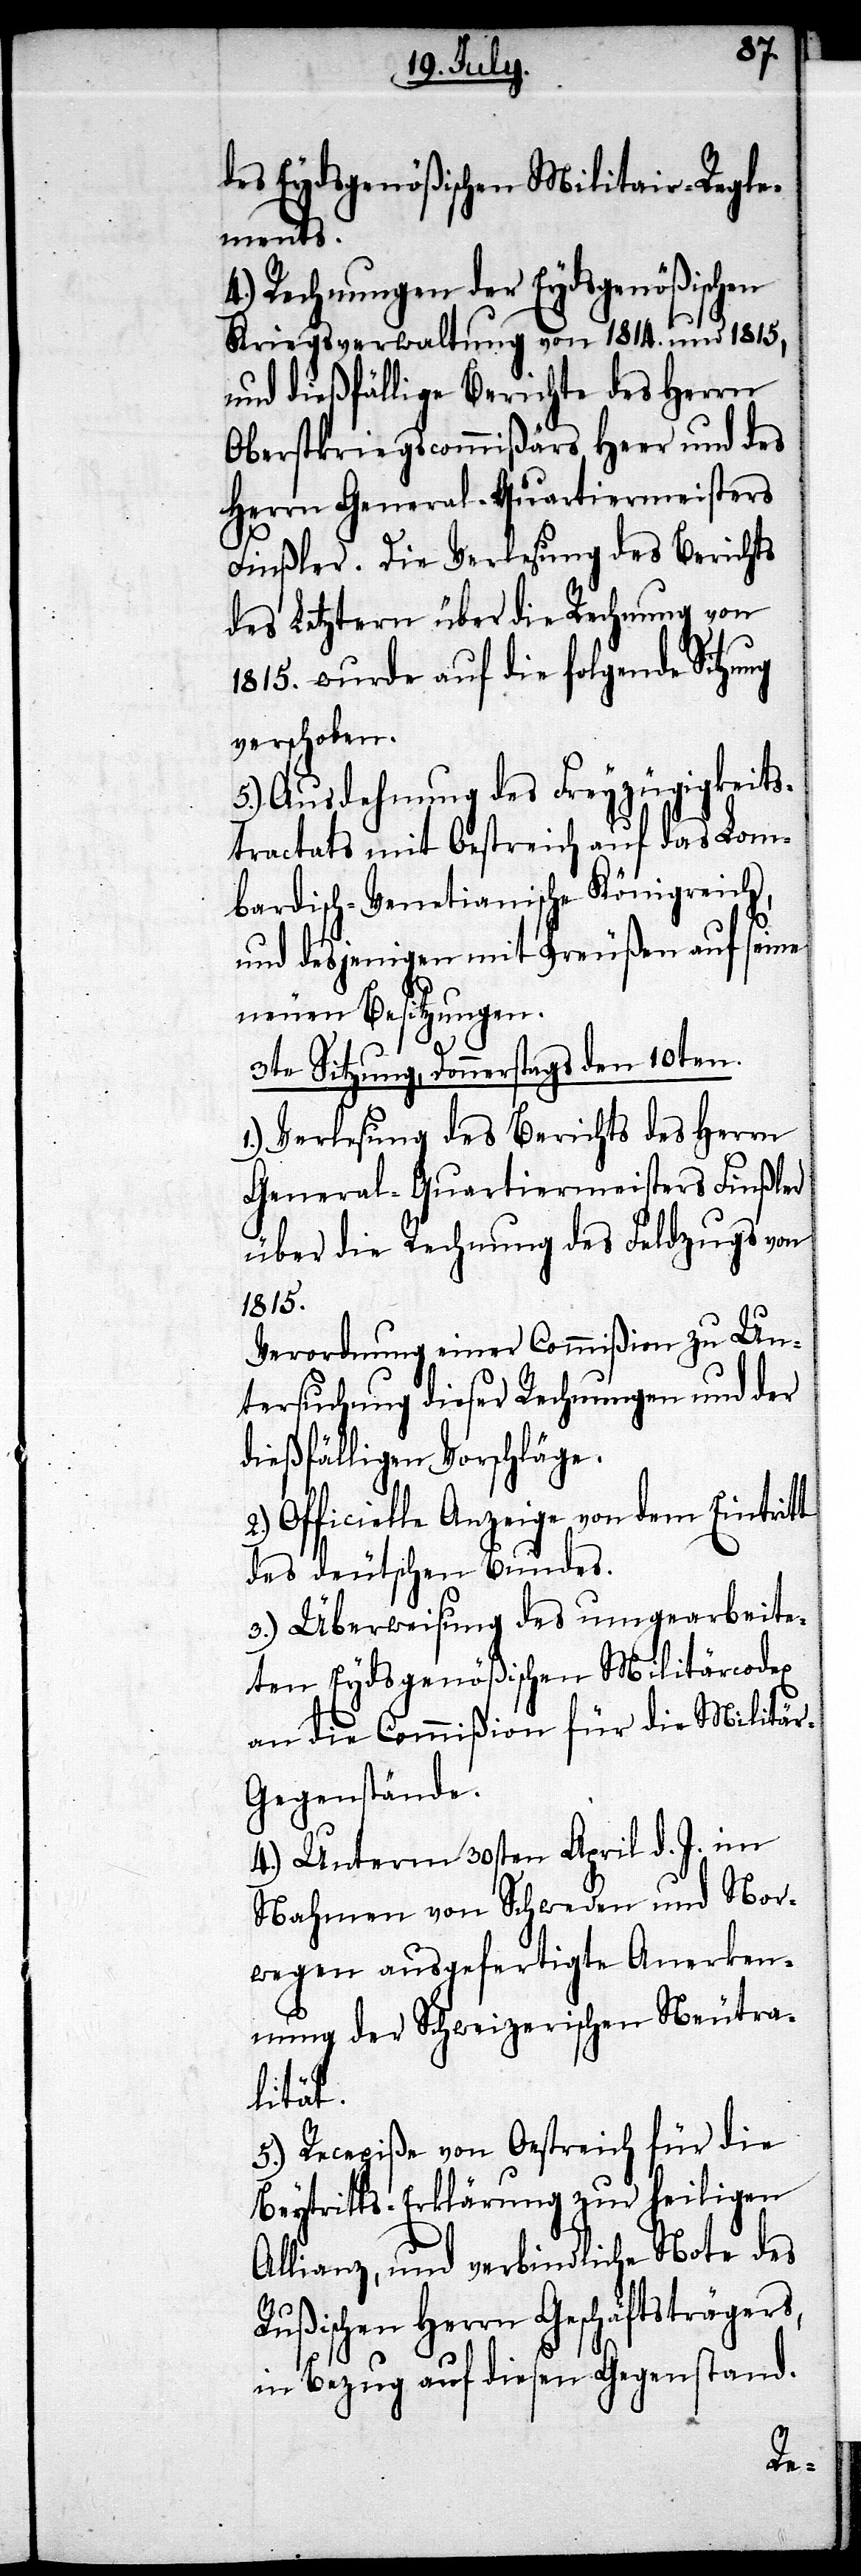
des Eydsgenößischen Militair-Regle¬
ments.
4.) Rechnungen der Eydsgenößischen
Kriegsverwaltung von 1814. und 1815,
und dießfällige Berichte des Herrn
Oberstkriegscommißärs Heer und des
Herrn General-Quartiermeisters
Finßler. Die Verlesung des Berichts
des Letztern über die Rechnung von
1815. wurde auf die folgende Sitzung
verschoben.
5.) Ausdehnung des Freyzügigkeits¬
tractats mit Oestreich auf das Lom¬
bardisch-Venetianische Königreich,
und desjenigen mit Preußen auf seine
neuen Besitzungen.
3te Sitzung, Donnerstags den 10ten.
1.) Verlesung des Berichts des Herrn
General-Quartiermeisters Finßler
über die Rechnung des Feldzuges von
1815.
Verordnung einer Commißon zu Un¬
tersuchung dieser Rechnungen und der
dießfälligen Vorschläge.
2.) Officielle Anzeige von dem Eintritt
des deutschen Bundes.
3.) Überweisung des umgearbeite¬
ten Eydsgenößischen Militärcodex
an die Commißion für die Militä¬
r-Gegenstände.
4.) Unterm 30sten April d. J. im
Nahmen von Schweden und Nor¬
wegen ausgefertigte Anerken¬
nung der Schweizerischen Neutra¬
lität.
5.) Recepiße von Oestreich für die
Beytritts-Erklärung zur heiligen
Allianz, und verbindliche Note des
Rußischen Herrn Geschäftsträgers,
in Bezug auf diesen Gegenstand.